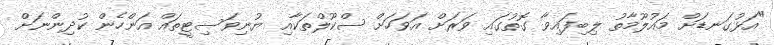
"އަޅުގަނޑަށް މައުލޫމާތު ލިބިފައިވާ ގޮތުގައި ވަރަށް އަވަހަށް ސްކޫލްތަކާއި ޔުނިވަސިޓީތައް އަންހެން ކުދިންނަށް